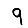
Digit: 9